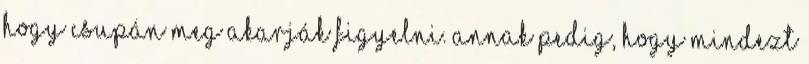
hogy csupán meg akarják figyelni. Annak pedig, hogy mindezt